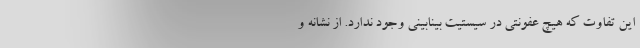
این تفاوت که هیچ عفونتی در سیستیت بینابینی وجود ندارد. از نشانه و